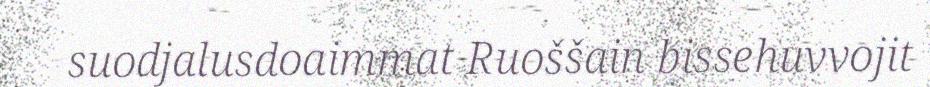
suodjalusdoaimmat Ruoššain bissehuvvojit